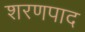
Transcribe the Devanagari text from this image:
शरणपाद